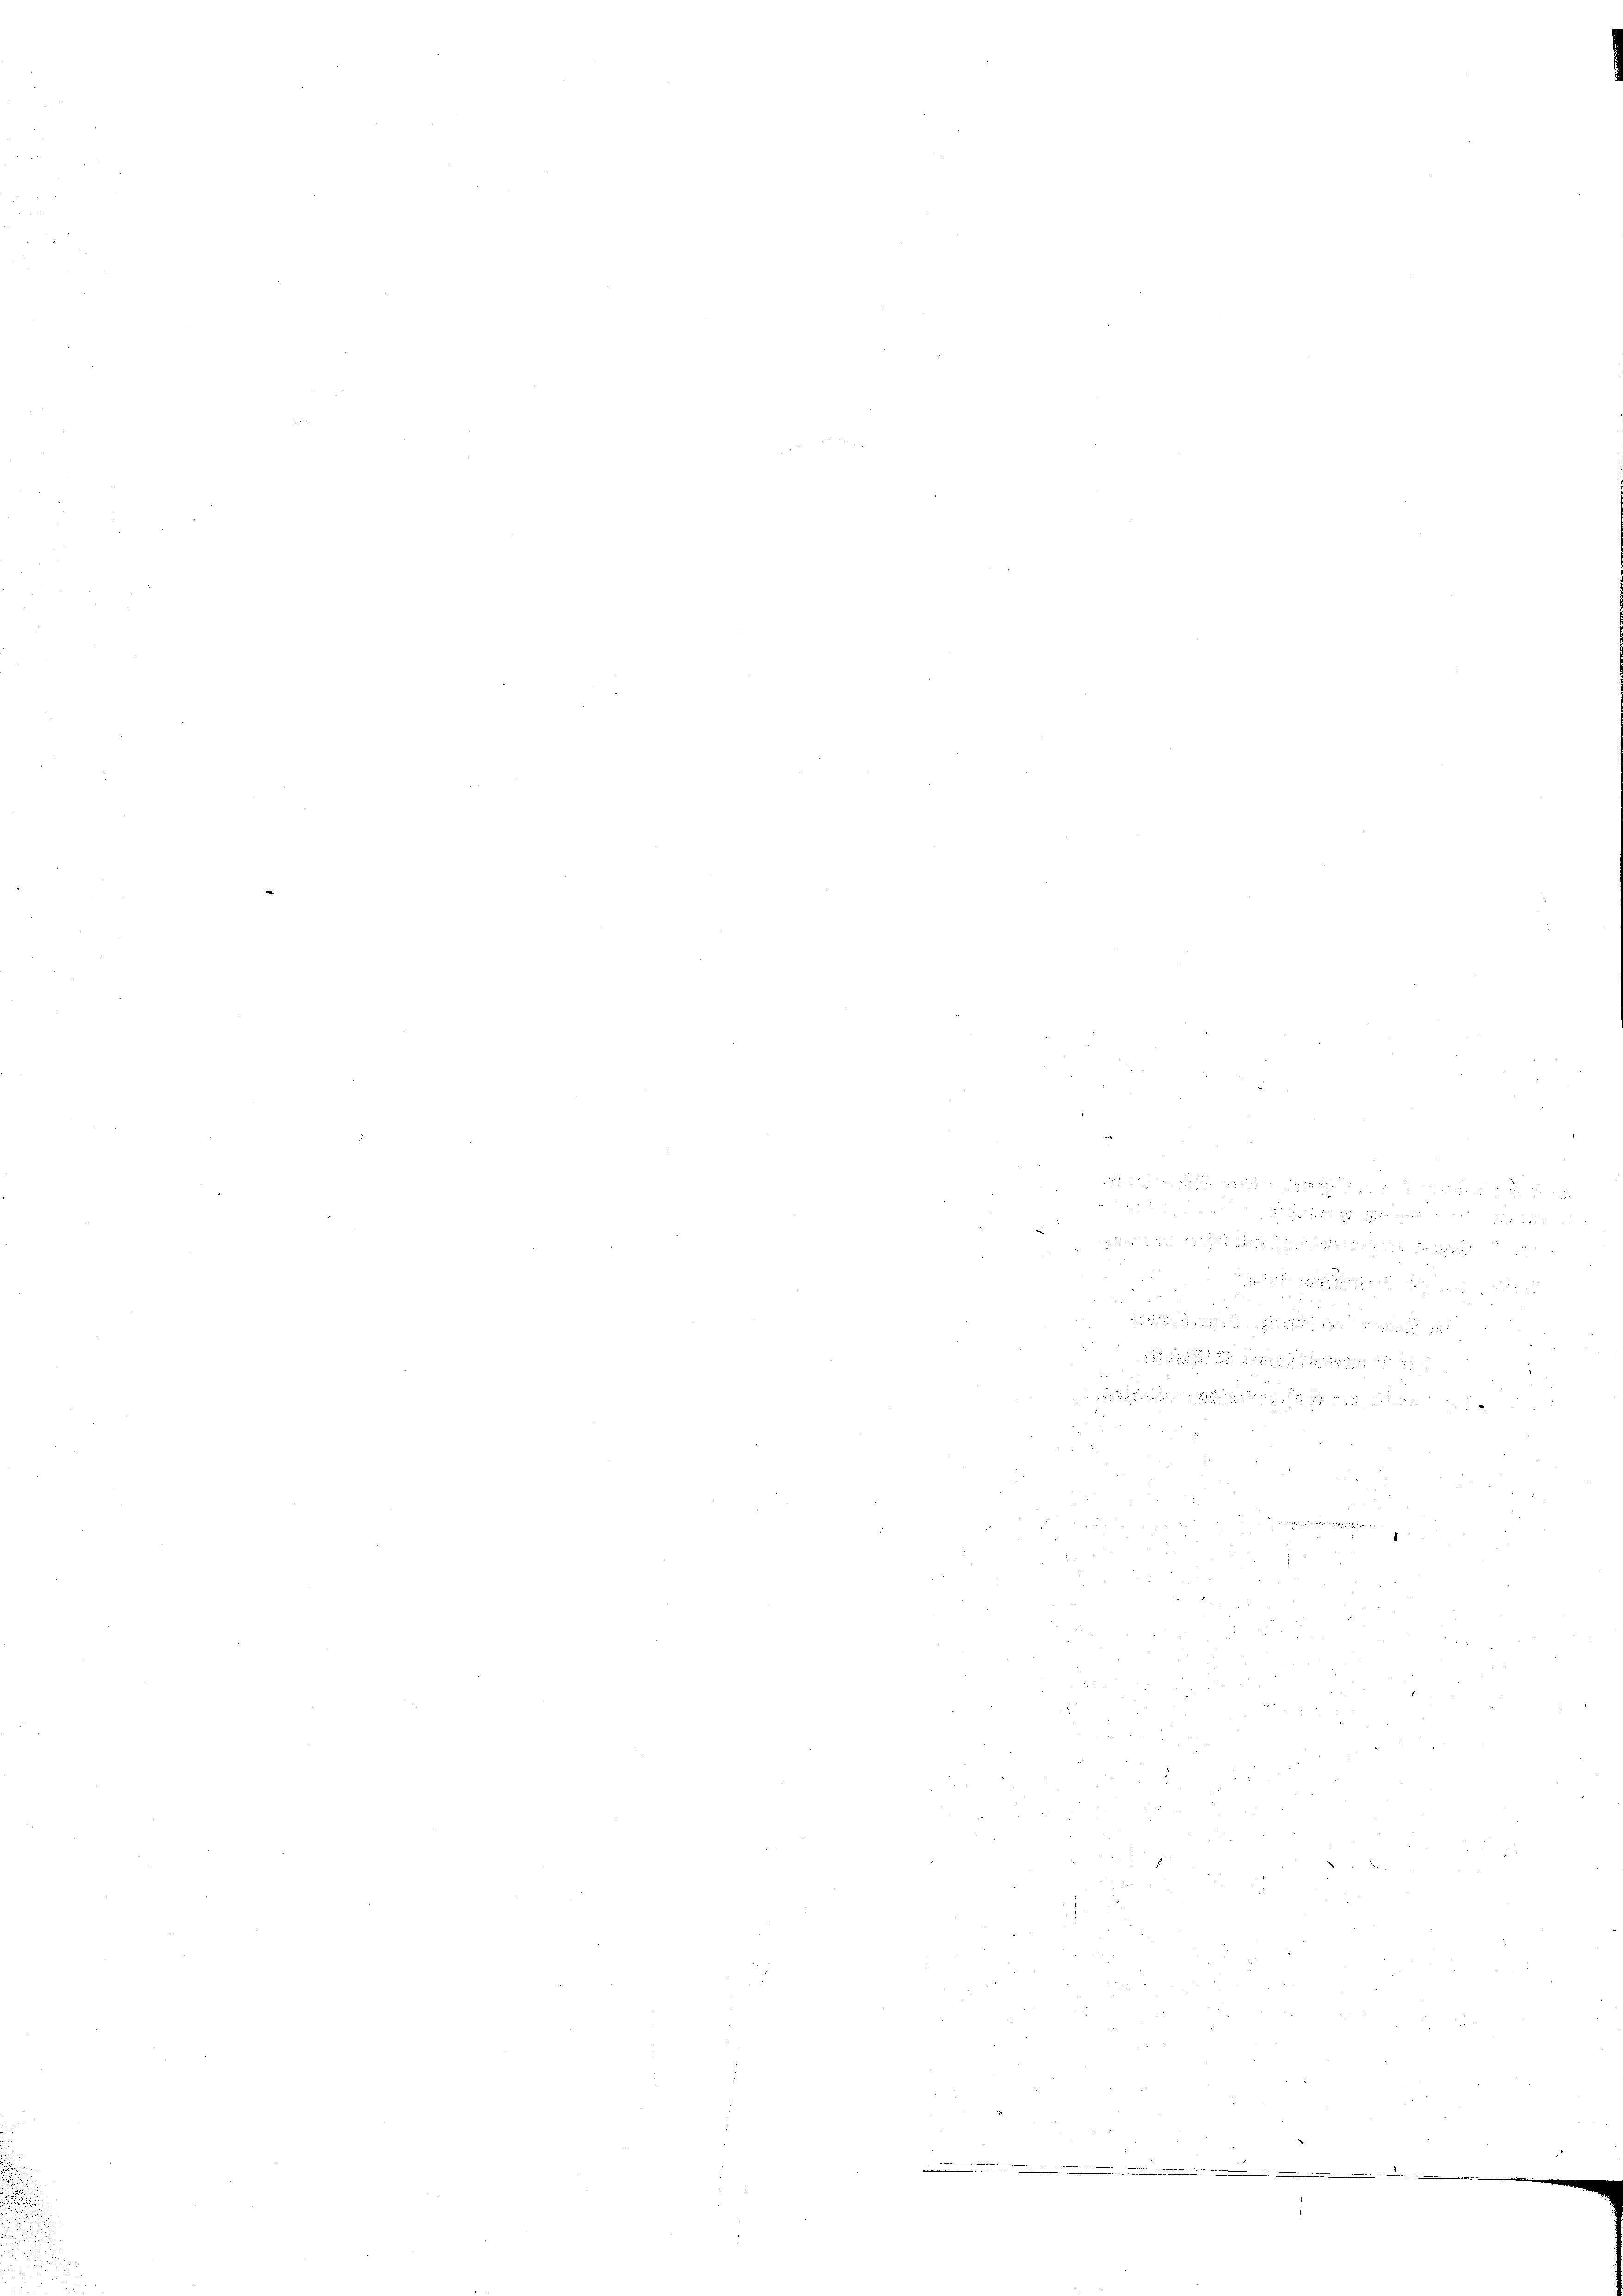
weder

n

7